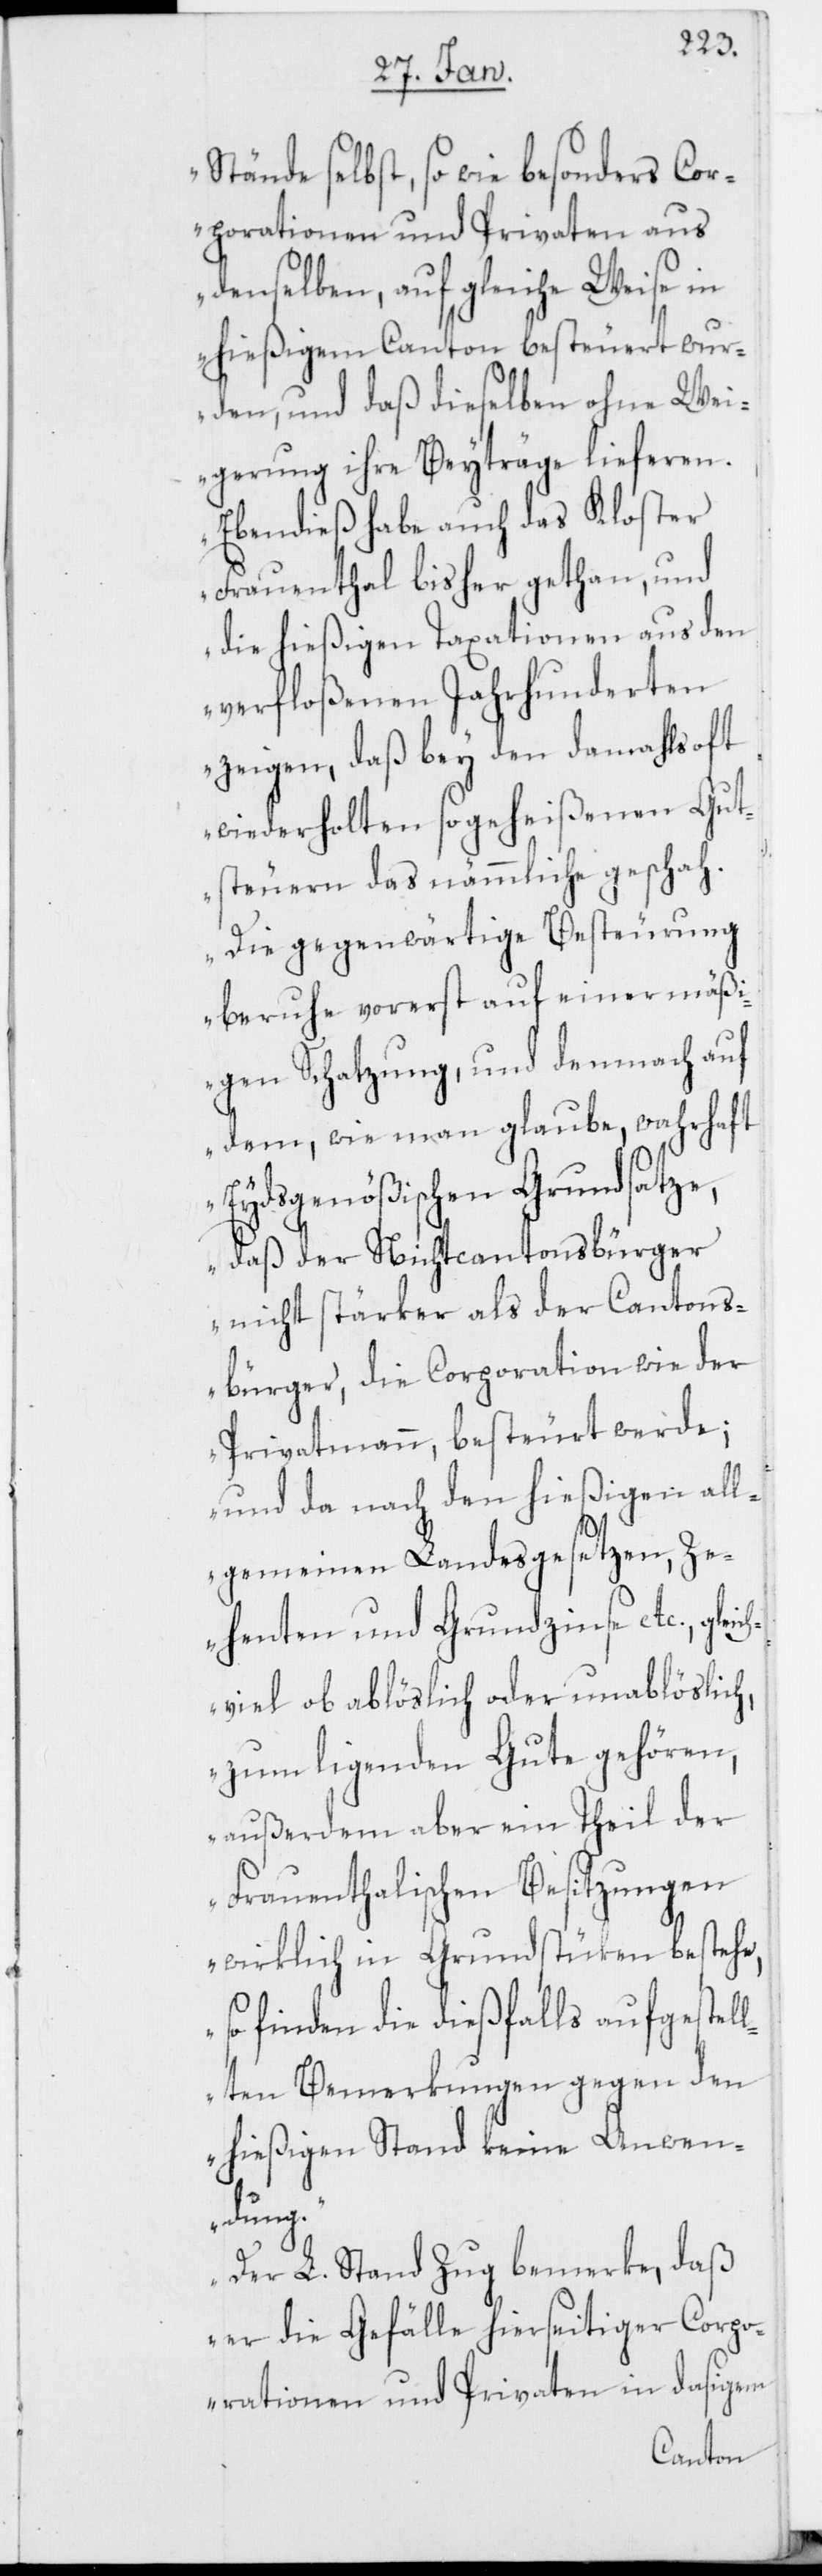
Stände selbst, so wie besonders Cor¬
porationen und Privaten aus
denselben, auf gleiche Weise in
hießigem Canton besteuert wur¬
den, und daß dieselben ohne Wei¬
gerung ihre Beyträge lieferen.
Ebendieß habe auch das Kloster
Frauenthal bisher gethan, und
die hießigen Taxationen aus den
verfloßenen Jahrhunderten
zeigen, daß bey den damahls oft
wiederholten sogeheißenen Guts¬
teuern das nämmliche geschah.
Die gegenwärtige Besteurung
beruhe vorerst auf einer mäß¬
igen Schatzung, und demnach auf
dem, wie man glaube, wahrhaft
Eydsgenößischen Grundsatze,
daß der Nichtcantonsbürger
nicht stärker als der Cantons¬
bürger, die Corporation wie der
Privatmann, besteurt werde;
und da nach den hießigen all¬
gemeinen Landesgesetzen, Ze¬
henten und Grundzinse etc., gleic¬
hviel ob ablöslich oder unablöslich,
zum ligenden Gute gehören,
außerdem aber ein Theil der
Frauenthalischen Besitzungen
wirklich in Grundstüken bestehe,
so finden die dießfalls aufgestel¬
lten Bemerkungen gegen den
hießigen Stand keine Anwen¬
dung.
Der L. Stand Zug bemerke, daß
er die Gefälle hierseitiger Corpo¬
rationen und Privaten in dasigem